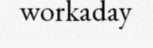
workaday